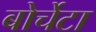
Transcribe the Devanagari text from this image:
बोर्चेटा